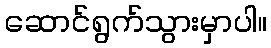
ဆောင်ရွက်သွားမှာပါ။